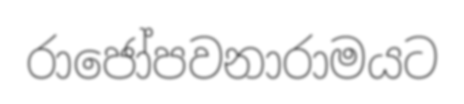
රාජෝපවනාරාමයට